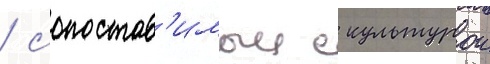
/ сопостав'имыи с культурои